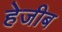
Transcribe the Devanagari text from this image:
हेजीब